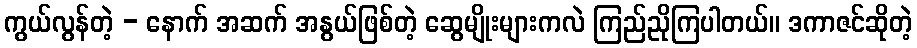
ကွယ်လွန်တဲ့ - နောက် အဆက် အနွယ်ဖြစ်တဲ့ ဆွေမျိုးများကလဲ ကြည်ညိုကြပါတယ်။ ဒကာဇင်ဆိုတဲ့